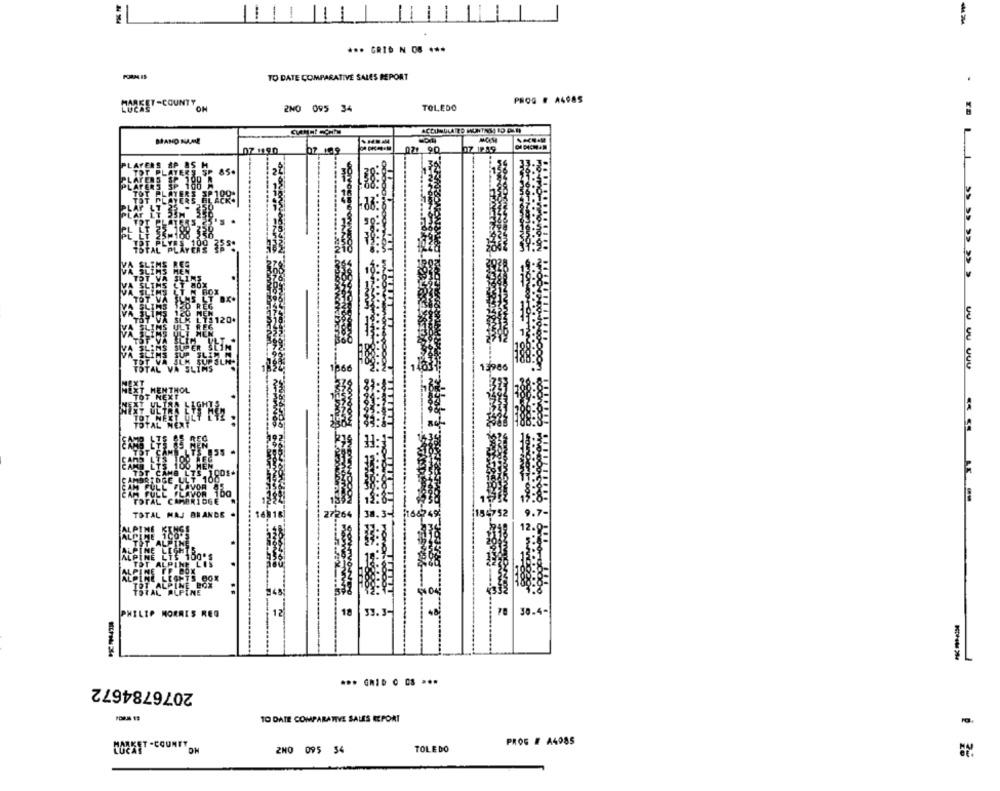
*** GRID N OB ***
FORM IS
TO DATE COMPARATIVE SALES REPORT
PROG # A4085
MARKET-COUNTY ON
LUCAS
2NO 095 34
TOLEDO
MAND NAME
07 1990
027 90
07 12:9
PLAYERS AP BS H
TOT PLATERS SP 85.
PLAYERS SP 188 A
TOT PLATERS SP109:
13980
CAND LTS 100 MEN
CAMBRIDGE ULT 1680
TST CAME LTS 1
TOTAL MAJ BRANDE
154752
9.7-
ALPINE KENSS
100.9-
+333
18
PHILIP MORRIS REG
12
33.3-
30.4-
2076784672
TO DATE COMPARATIVE SALES REPORT
PROG # A4085
COEXIT -COUNIT
2NO 095 54
TOLEDO